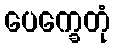
ပေက္ခေတုံ